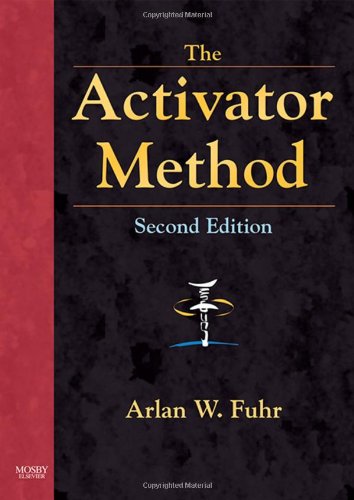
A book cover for The Activator Method, 2e; Arlan W. Fuhr DC; Medical Books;